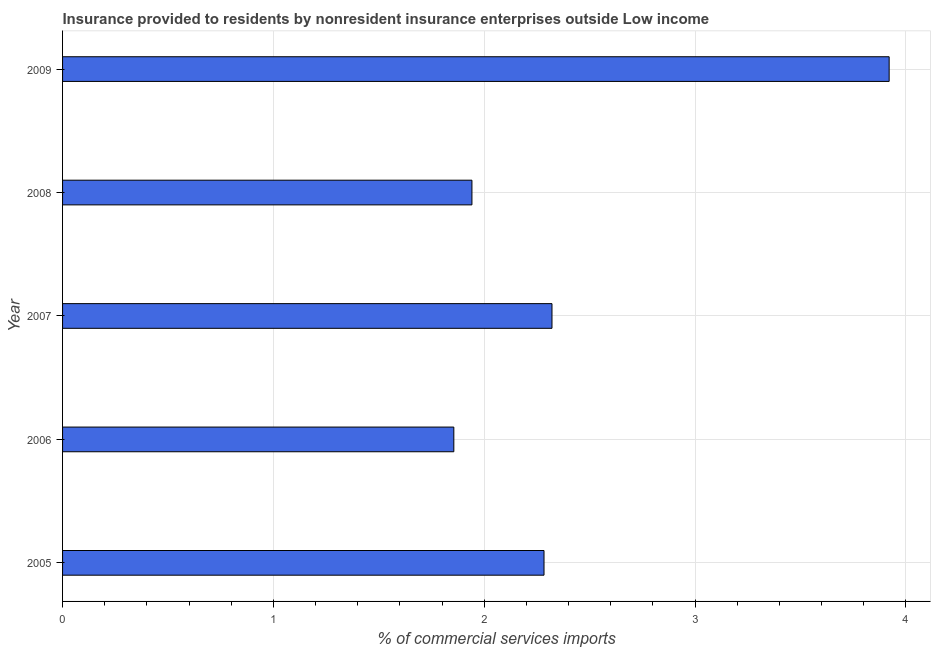
| Year | Insurance provided by non-residents |
 | --- | --- |
 | 2005 | 2.28 |
 | 2006 | 1.86 |
 | 2007 | 2.32 |
 | 2008 | 1.94 |
 | 2009 | 3.92 |